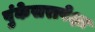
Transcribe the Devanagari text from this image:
पुंकेसरापेक्षा